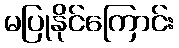
မပြုနိုင်ကြောင်း